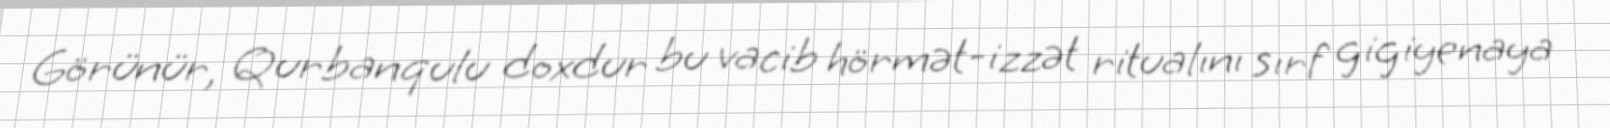
Görünür, Qurbanqulu doxdur bu vacib hörmət-izzət ritualını sırf gigiyenaya